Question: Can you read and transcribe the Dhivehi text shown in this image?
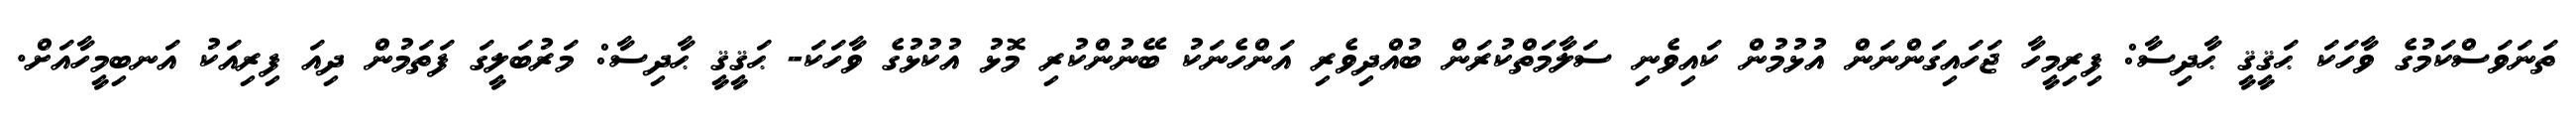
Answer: ތަނަވަސްކަމުގެ ވާހަކަ ޙަޤީޤީ ޙާދިސާ: ފިރިމީހާ ޖަހައިގަންނަން އުޅުމުން ކައިވެނި ސަލާމަތްކުރަން ބުއްދިވެރި އަންހެނަކު ބޭނުންކުރި މޮޅު އުކުޅުގެ ވާހަކަ- ޙަޤީޤީ ޙާދިސާ: މަރުބަލީގަ ފަތަމުން ދިއަ ފިރިއަކު އަނބިމީހާއަށް.